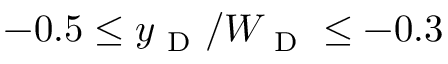
- 0 . 5 \leq y _ { \mathrm { ~ D ~ } } / W _ { \mathrm { ~ D ~ } } \leq - 0 . 3